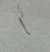
Signature authenticity: genuine